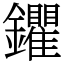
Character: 鑺